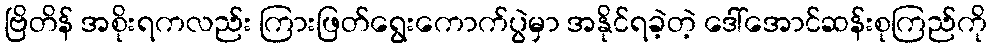
ဗြိတိန် အစိုးရကလည်း ကြားဖြတ်ရွေးကောက်ပွဲမှာ အနိုင်ရခဲ့တဲ့ ဒေါ်အောင်ဆန်းစုကြည်ကို